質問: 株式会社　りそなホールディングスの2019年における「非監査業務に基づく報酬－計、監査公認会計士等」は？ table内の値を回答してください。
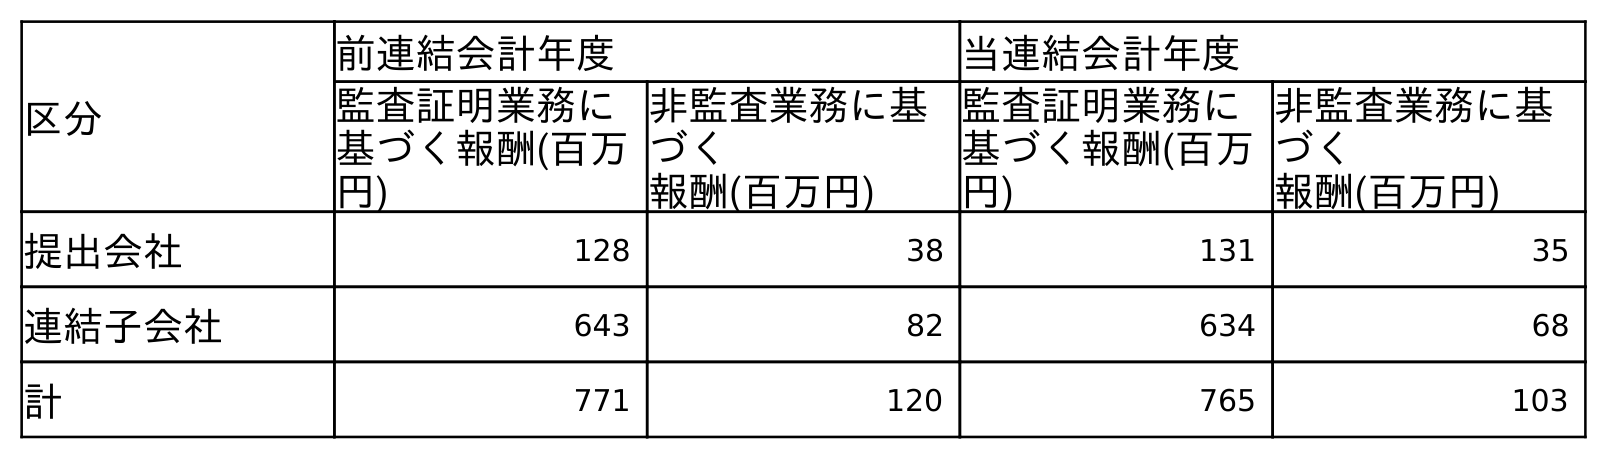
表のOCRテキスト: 区分 前連結会計年度 当連結会計年度 監査証明業務に 基づく報酬(百万 円) 非監査業務に基 づく 報酬(百万円) 監査証明業務に 基づく報酬(百万 円) 非監査業務に基 づく 報酬(百万円) 提出会社 128 38 131 35 連結子会社 643 82 634 68 計 771 120 765 103
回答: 120